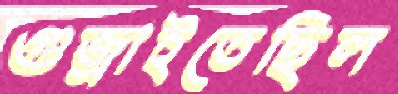
গুজ্‌রাইতেছিল